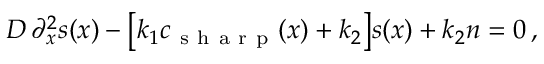
D \, \partial _ { x } ^ { 2 } s ( x ) - \bigl [ k _ { 1 } c _ { \mathrm { ~ s ~ h ~ a ~ r ~ p ~ } } ( x ) + k _ { 2 } \bigr ] s ( x ) + k _ { 2 } n = 0 \, ,